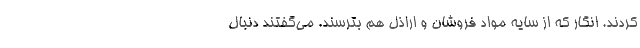
‌کردند. انگار که از سایه مواد فروشان و اراذل هم بترسند. می‌گفتند دنبال